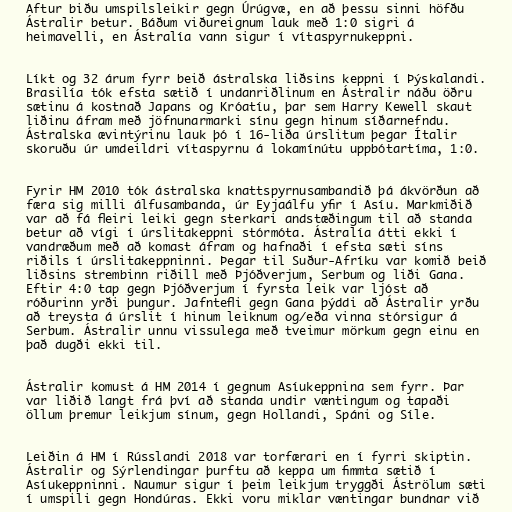
Aftur biðu umspilsleikir gegn Úrúgvæ, en að þessu sinni höfðu
Ástralir betur. Báðum viðureignum lauk með 1:0 sigri á
heimavelli, en Ástralía vann sigur í vítaspyrnukeppni.

Líkt og 32 árum fyrr beið ástralska liðsins keppni í Þýskalandi.
Brasilía tók efsta sætið í undanriðlinum en Ástralir náðu öðru
sætinu á kostnað Japans og Króatíu, þar sem Harry Kewell skaut
liðinu áfram með jöfnunarmarki sínu gegn hinum síðarnefndu.
Ástralska ævintýrinu lauk þó í 16-liða úrslitum þegar Ítalir
skoruðu úr umdeildri vítaspyrnu á lokamínútu uppbótartíma, 1:0.

Fyrir HM 2010 tók ástralska knattspyrnusambandið þá ákvörðun að
færa sig milli álfusambanda, úr Eyjaálfu yfir í Asíu. Markmiðið
var að fá fleiri leiki gegn sterkari andstæðingum til að standa
betur að vígi í úrslitakeppni stórmóta. Ástralía átti ekki í
vandræðum með að komast áfram og hafnaði í efsta sæti síns
riðils í úrslitakeppninni. Þegar til Suður-Afríku var komið beið
liðsins strembinn riðill með Þjóðverjum, Serbum og liði Gana.
Eftir 4:0 tap gegn Þjóðverjum í fyrsta leik var ljóst að
róðurinn yrði þungur. Jafntefli gegn Gana þýddi að Ástralir yrðu
að treysta á úrslit í hinum leiknum og/eða vinna stórsigur á
Serbum. Ástralir unnu vissulega með tveimur mörkum gegn einu en
það dugði ekki til.

Ástralir komust á HM 2014 í gegnum Asíukeppnina sem fyrr. Þar
var liðið langt frá því að standa undir væntingum og tapaði
öllum þremur leikjum sínum, gegn Hollandi, Spáni og Síle.

Leiðin á HM í Rússlandi 2018 var torfærari en í fyrri skiptin.
Ástralir og Sýrlendingar þurftu að keppa um fimmta sætið í
Asíukeppninni. Naumur sigur í þeim leikjum tryggði Áströlum sæti
í umspili gegn Hondúras. Ekki voru miklar væntingar bundnar við